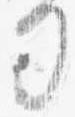
司